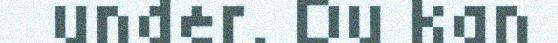
under. Du kan